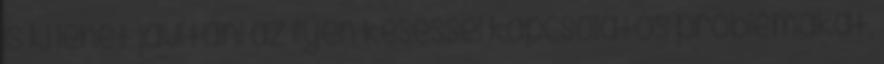
is ki lehet javítani az ilyen késéssel kapcsolatos problémákat,